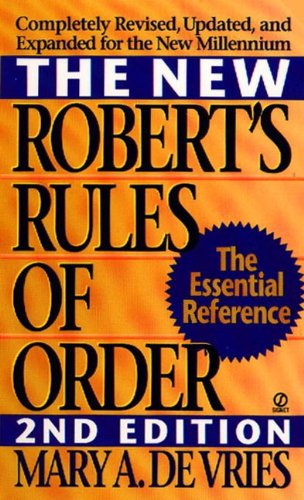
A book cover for New Robert's Rules Of Order (Turtleback School & Library Binding Edition); Mary A. De Vries; Reference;